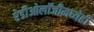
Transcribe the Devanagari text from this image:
रेडीओलॉजीमध्येही